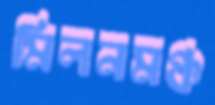
মিলনমঞ্চ